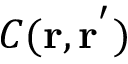
C ( \mathbf { r } , \mathbf { r ^ { ' } } )